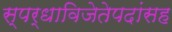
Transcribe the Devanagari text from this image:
स्पर्धाविजेतेपदांसह